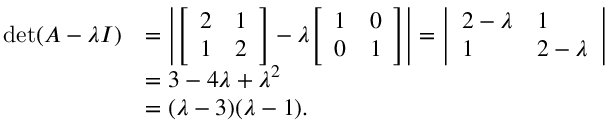
{ \begin{array} { r l } { \operatorname* { d e t } ( A - \lambda I ) } & { = \left| { \left[ \begin{array} { l l } { 2 } & { 1 } \\ { 1 } & { 2 } \end{array} \right] } - \lambda { \left[ \begin{array} { l l } { 1 } & { 0 } \\ { 0 } & { 1 } \end{array} \right] } \right| = { \left| \begin{array} { l l } { 2 - \lambda } & { 1 } \\ { 1 } & { 2 - \lambda } \end{array} \right| } } \\ & { = 3 - 4 \lambda + \lambda ^ { 2 } } \\ & { = ( \lambda - 3 ) ( \lambda - 1 ) . } \end{array} }